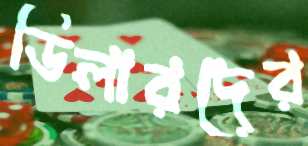
ডিলারদের